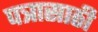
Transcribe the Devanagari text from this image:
पत्रासाठी